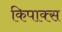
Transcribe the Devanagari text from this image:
किपाक्स